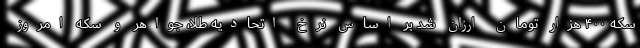
سکه ۴۰۰ هزار تومان ارزان شد بر اساس نرخ اتحادیه طلا، جواهر و سکه امروز